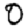
Digit: 0